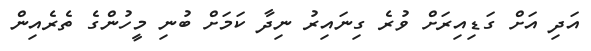
އަދި އަށް ގަޑިއިރަށް ވުރެ ގިނައިރު ނިދާ ކަމަށް ބުނި މީހުންގެ ތެރެއިން